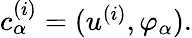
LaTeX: \begin{array}{r}{c_{\alpha}^{(i)}=(u^{(i)},\varphi_{\alpha}).}\end{array}